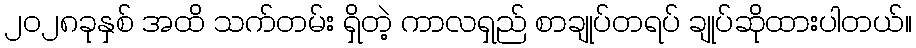
၂၀၂၈ခုနှစ် အထိ သက်တမ်း ရှိတဲ့ ကာလရှည် စာချုပ်တရပ် ချုပ်ဆိုထားပါတယ်။